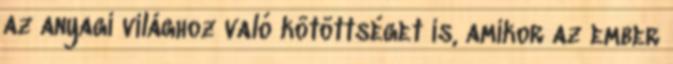
az anyagi világhoz való kötöttséget is, amikor az ember